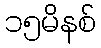
၁၅မိနစ်